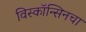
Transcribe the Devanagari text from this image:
विस्कॉन्सिनचा